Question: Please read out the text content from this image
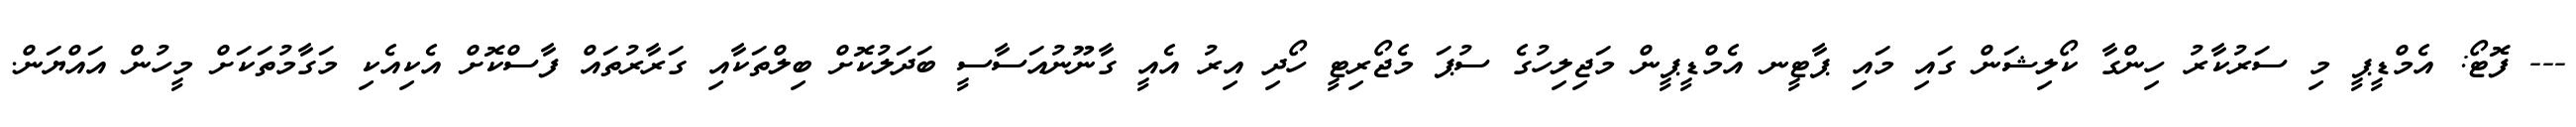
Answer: --- ފޮޓޯ: އެމްޑީޕީ މި ސަރުކާރު ހިންގާ ކޯލިޝަން ގައި މައި ޕާޓީނ އެމްޑީޕީން މަޖިލިހުގެ ސުޕަ މެޖޯރިޓީ ހޯދި އިރު އެއީ ގާނޫނުއަސާސީ ބަދަލުކޮށް ބިލްތަކާއި ގަރާރުތައް ފާސްކޮށް އެކިއެކި މަގާމުތަކަށް މީހުން އައްޔަން.